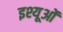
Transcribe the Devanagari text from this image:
इश्यूओं